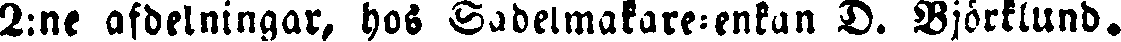
2:ne afdelningar, hos Sadelmakare-enkan D. Björklund.